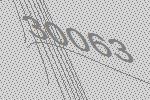
30063